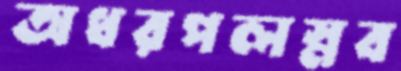
অধরপলস্নব